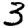
Digit: 3